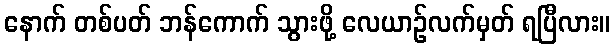
နောက် တစ်ပတ် ဘန်ကောက် သွားဖို့ လေယာဉ်လက်မှတ် ရပြီလား။